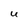
Character: U